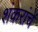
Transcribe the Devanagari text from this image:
शंकरांचे